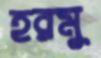
হরমু